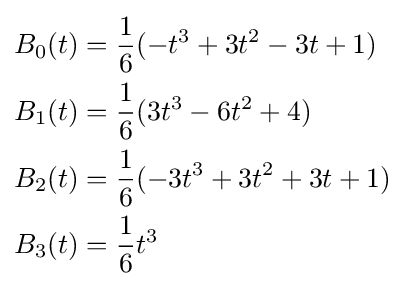
{\begin{aligned}B_{0}(t)&={\frac {1}{6}}(-t^{3}+3t^{2}-3t+1)\\B_{1}(t)&={\frac {1}{6}}(3t^{3}-6t^{2}+4)\\B_{2}(t)&={\frac {1}{6}}(-3t^{3}+3t^{2}+3t+1)\\B_{3}(t)&={\frac {1}{6}}t^{3}\end{aligned}}